Indian journal of veterinary science and animal husbandry - Volumes 24-25, 1954-1955
Year: 1954
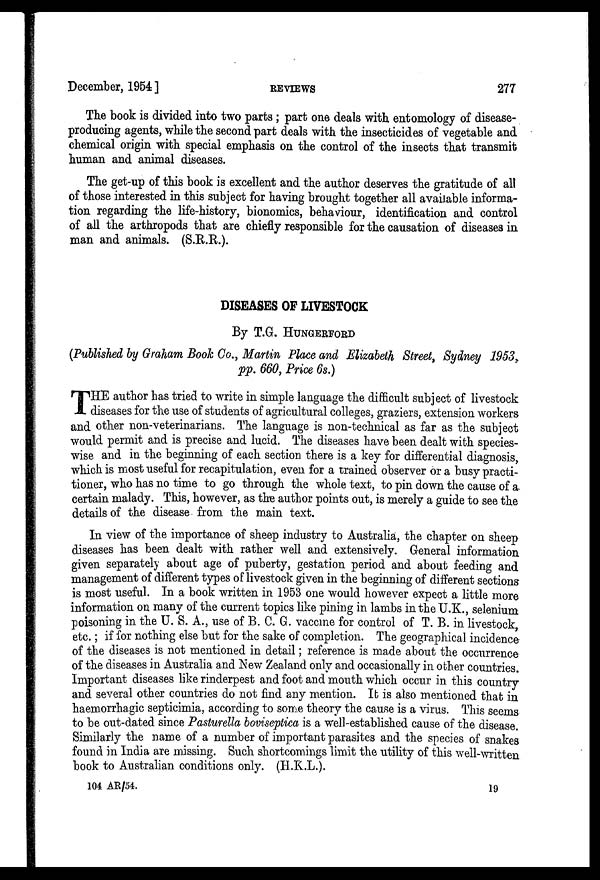
December, 1954]
REVIEWS
277
The book is divided into two parts ; part one deals with entomology of disease-
producing agents, while the second part deals with the insecticides of vegetable and
chemical origin with special emphasis on the control of the insects that transmit
human and animal diseases.
The get-up of this book is excellent and the author deserves the gratitude of all
of those interested in this subject for having brought together all available informa-
tion regarding the life-history, bionomics, behaviour, identification and control
of all the arthropods that are chiefly responsible for the causation of diseases in
man and animals. (S.R.R.).
DISEASES OF LIVESTOCK
By T.G. HUNGERFORD
(Published by Graham Book Co., Martin Place and Elizabeth Street, Sydney 1953,
pp. 660, Price 6s.)
T HE author has tried to write in simple language the difficult subject of livestock
diseases for the use of students of agricultural colleges, graziers, extension workers
and other non-veterinarians. The language is non-technical as far as the subject
would permit and is precise and lucid. The diseases have been dealt with species-
wise and in the beginning of each section there is a key for differential diagnosis,
which is most useful for recapitulation, even for a trained observer or a busy practi-
tioner, who has no time to go through the whole text, to pin down the cause of a
certain malady. This, however, as the author points out, is merely a guide to see the
details of the disease from the main text.
In view of the importance of sheep industry to Australia, the chapter on sheep
diseases has been dealt with rather well and extensively. General information
given separately about age of puberty, gestation period and about feeding and
management of different types of livestock given in the beginning of different sections
is most useful. In a book written in 1953 one would however expect a little more
information on many of the current topics like pining in lambs in the U.K., selenium
poisoning in the U. S. A., use of B. C. G. vaccine for control of T. B. in livestock,
etc.; if for nothing else but for the sake of completion. The geographical incidence
of the diseases is not mentioned in detail; reference is made about the occurrence
of the diseases in Australia and New Zealand only and occasionally in other countries.
Important diseases like rinderpest and foot and mouth which occur in this country
and several other countries do not find any mention. It is also mentioned that in
haemorrhagic septicimia, according to some theory the cause is a virus. This seems
to be out-dated since Pasturella boviseptica is a well-established cause of the disease.
Similarly the name of a number of important parasites and the species of snakes
found in India are missing. Such shortcomings limit the utility of this well-written
book to Australian conditions only. (H.K.L.).
104 AR/54.
19